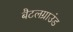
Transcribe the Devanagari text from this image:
बैटलग्राउंड